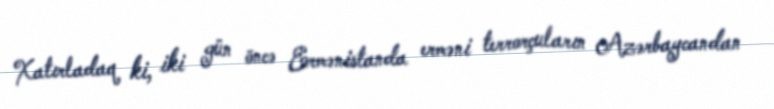
Xatırladaq ki, iki gün öncə Ermənistanda erməni terrorçuların Azərbaycandan